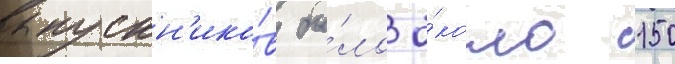
выпускн'ико́в бы́ло о́коло 150